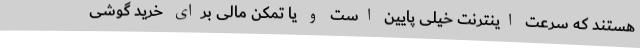
هستند که سرعت اینترنت خیلی پایین است و یا تمکن مالی برای خرید گوشی